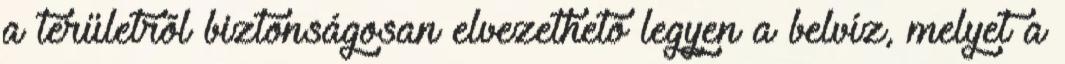
a területrõl biztonságosan elvezethetõ legyen a belvíz, melyet a